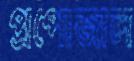
প্রপোজাল